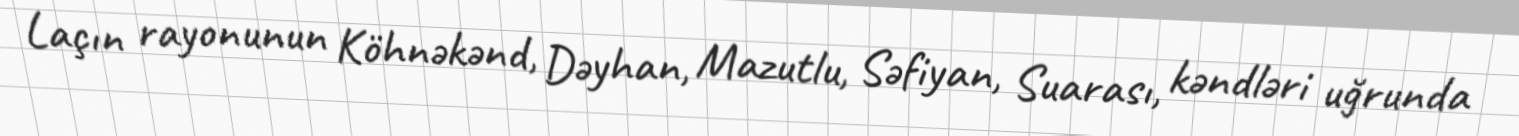
Laçın rayonunun Köhnəkənd, Dəyhan, Mazutlu, Səfiyan, Suarası, kəndləri uğrunda